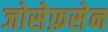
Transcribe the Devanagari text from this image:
जोसेफ़सेन